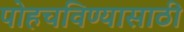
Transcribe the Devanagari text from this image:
पोहचविण्यासाठी